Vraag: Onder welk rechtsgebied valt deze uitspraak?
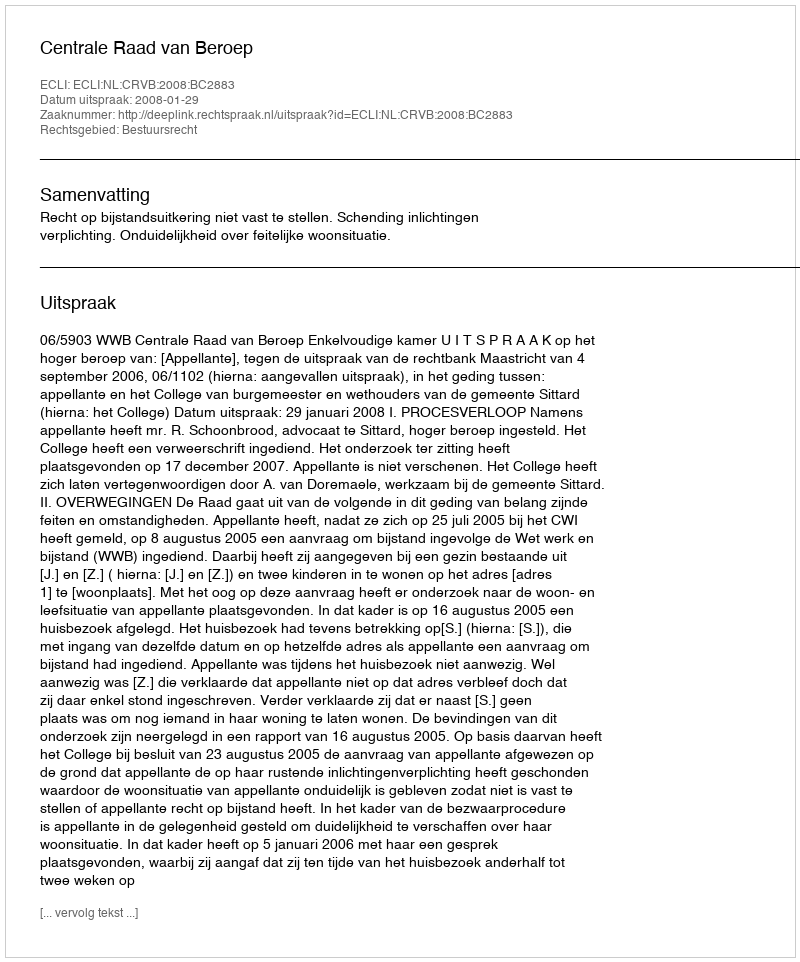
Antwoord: Bestuursrecht